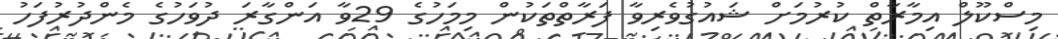
މިސްކޫލް އިމާރާތް ކުރުމަށް ޝައުގުވެރިވާ ފަރާތްތަކުން މިމަހުގެ 29ވާ އަންގާރަ ދުވަހުގެ މެންދުރުފަހު